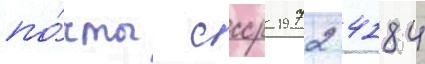
по́чты ссср 1972 4184